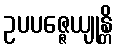
ဥပပဇ္ဇေယျုန္တိ